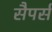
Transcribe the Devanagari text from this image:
सैपर्स